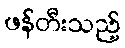
ဖန်တီးသည့်